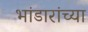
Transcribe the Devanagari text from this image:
भांडारांच्या